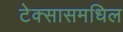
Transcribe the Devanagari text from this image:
टेक्सासमधिल